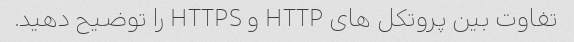
تفاوت بین پروتکل های HTTP و HTTPS را توضیح دهید.